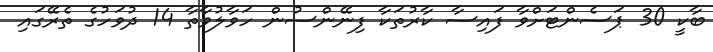
ބާކީ 30 ޕަސެންޓަށްވާ ފައިސާ ކާރުތަކާ ފިނޭންސުން ހަވާލުވާތާ 14 ދުވަހުގެ ތެރޭގައި